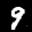
Label: 9